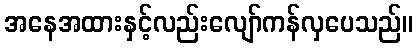
အနေအထားနှင့်လည်းလျော်ကန်လှပေသည်။